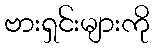
ဗားရှင်းများကို